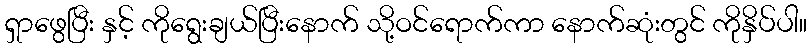
ရှာဖွေပြီး နှင့် ကိုရွေးချယ်ပြီးနောက် သို့ဝင်ရောက်ကာ နောက်ဆုံးတွင် ကိုနှိပ်ပါ။